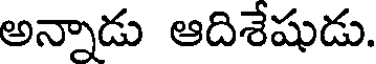
అన్నాడు ఆదిశేషుడు.